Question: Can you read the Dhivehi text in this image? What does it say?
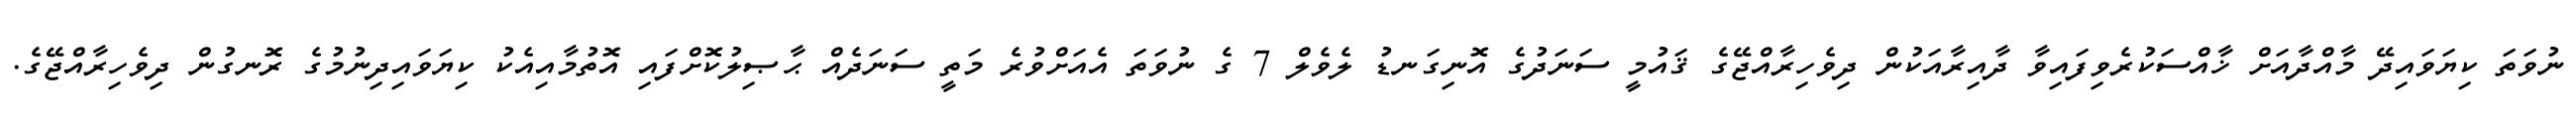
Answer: ނުވަތަ ކިޔަވައިދޭ މާއްދާއަށް ޚާއްސަކުރެވިފައިވާ ދާއިރާއަކުން ދިވެހިރާއްޖޭގެ ޤައުމީ ސަނަދުގެ އޮނިގަނޑު ލެވެލް 7 ގެ ނުވަތަ އެއަށްވުރެ މަތީ ސަނަދެއް ޙާޞިލުކޮށްފައި އޮތުމާއިއެކު ކިޔަވައިދިނުމުގެ ރޮނގުން ދިވެހިރާއްޖޭގެ.